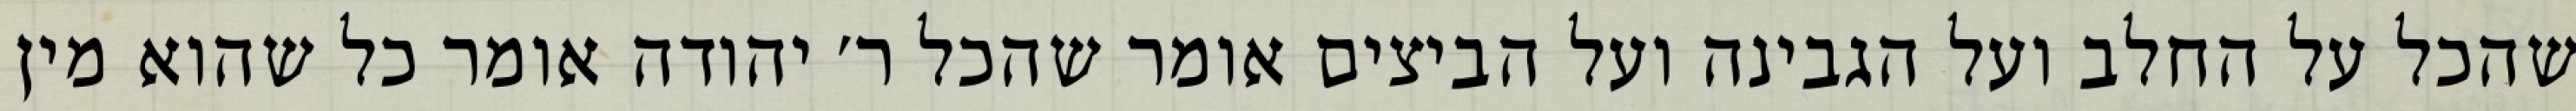
שהכל על החלב ועל הגבינה ועל הביצים אומר שהכל ר׳ יהודה אומר כל שהוא מין